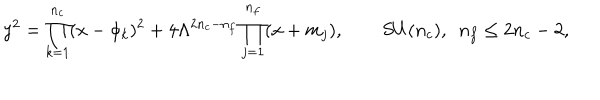
y ^ { 2 } = \prod _ { k = 1 } ^ { n _ { c } } ( x - \phi _ { k } ) ^ { 2 } + 4 \Lambda ^ { 2 n _ { c } - n _ { f } } \prod _ { j = 1 } ^ { n _ { f } } ( x + m _ { j } ) , \qquad S U ( n _ { c } ) , \, \, \, n _ { f } \le 2 n _ { c } - 2 ,